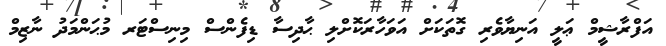
އަފްރާޝީމް ޢަލީ އަނިޔާވެރި ގޮތަކަށް އަވަހާރަކޮށްލި ޙާދިސާ ޑިފެންސް މިނިސްޓަރ މުޙަންމަދު ނާޒިމް